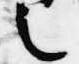
之